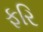
ફરિ